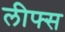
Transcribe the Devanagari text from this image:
लीफ्स